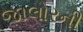
જાલોરની